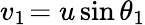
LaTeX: v_{1\! }=u\sin\theta_{1}